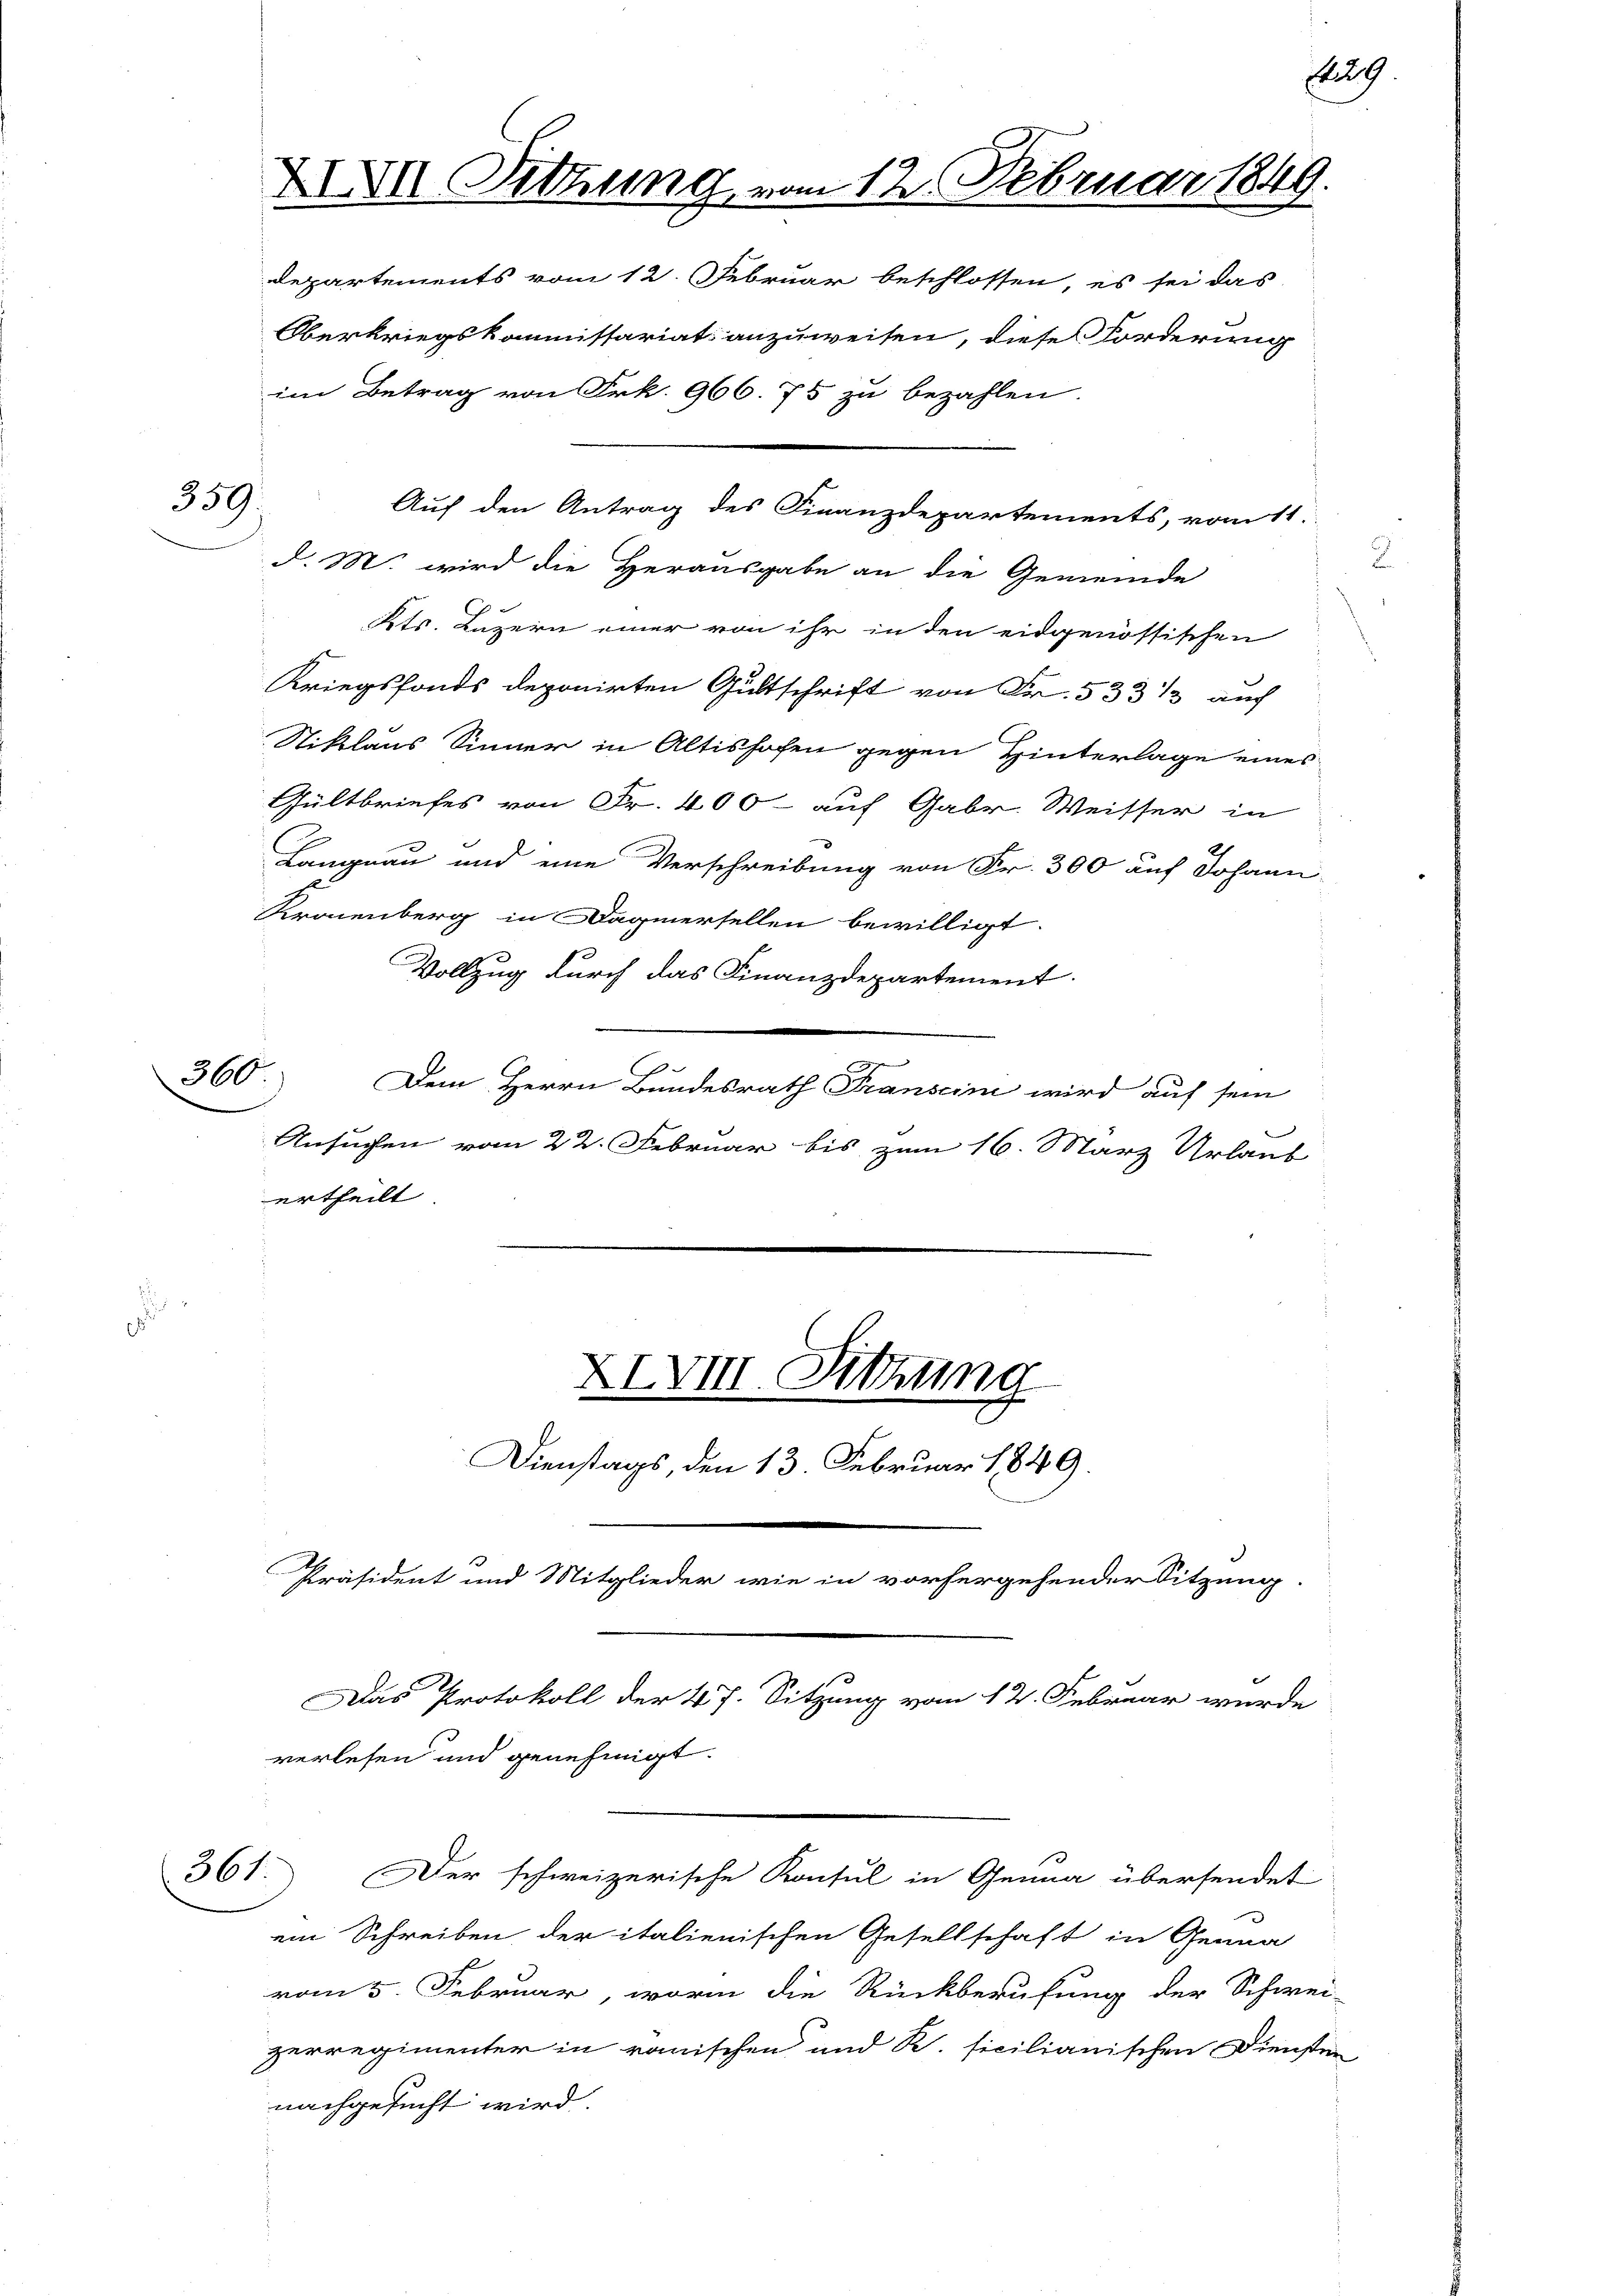
359.

300.

X Sitzung vom 12. Februar 1849.
Departements vom 12. Februar beschlossen, es sei das

Oberkriegskommissariat anzuweisen, diese Forderung
d. M. wird die Herausgabe an die Gemeinde
Kts. Luzern einer von ihr in den eidgenössischen
Kriegsfonds deponirten Gutschrift von Fr. 533 1/2 auf
Niklaus Sinner in Altishofen gegen Hinterlage eines
Gültbriefes von Fr. 400 auf Gabr. Weisser in
Langnau und eine Verschreibung von Fr. 300 auf Johann
Kronenberg in Dagnersellen bewilligt.
Vollzug durch das Finanzdepartement.
e
2
Dem Herrn Bundesrath Transeine wird auf sein
Ansuchen vom 22. Februar bis zum 16. März Urlaub
ertheilt
XIVIII. Sitzung
Dienstags, den 13. Februar 1849.
Präsident und Mitglieder wie in vorhergehender Sitzung.
Das Protokoll der 47. Sitzung vom 12. Februar wurde
verlesen und genehmigt.
361. Der schweizerische Konsul in Genua übersendet
ein Schreiben der italienischen Gesellschaft in Genua
vom 5. Februar, worin die Rückberufung der Schwei-
zerregimenter in ränischen und R. sicilianischen Diensten
nachgesucht wird.

im Betrag von Frk. 966. 75 zu bezahlen.

Auf den Antrag des Finanzdepartements, vom 11.

Ag